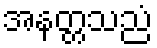
အနတ္တသညံ